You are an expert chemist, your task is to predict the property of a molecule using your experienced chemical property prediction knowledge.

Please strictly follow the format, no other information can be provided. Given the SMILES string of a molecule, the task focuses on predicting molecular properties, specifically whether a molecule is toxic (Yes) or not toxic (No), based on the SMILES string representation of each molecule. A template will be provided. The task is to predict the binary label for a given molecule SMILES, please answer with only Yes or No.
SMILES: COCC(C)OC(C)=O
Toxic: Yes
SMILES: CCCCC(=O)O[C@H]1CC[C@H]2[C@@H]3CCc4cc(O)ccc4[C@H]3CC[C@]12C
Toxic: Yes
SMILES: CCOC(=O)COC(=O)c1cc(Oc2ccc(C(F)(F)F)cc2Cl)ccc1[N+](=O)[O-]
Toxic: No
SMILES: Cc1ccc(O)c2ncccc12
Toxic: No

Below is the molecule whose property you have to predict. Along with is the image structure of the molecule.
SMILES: Cc1ccc(O)c(C(C)(C)C)c1
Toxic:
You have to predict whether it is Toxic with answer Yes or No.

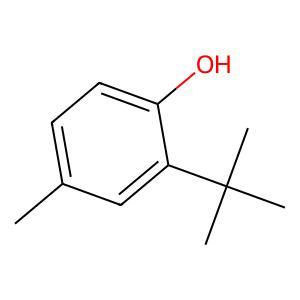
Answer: No